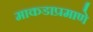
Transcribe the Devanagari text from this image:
माकडाप्रमाणे